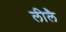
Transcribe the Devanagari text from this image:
लीलै